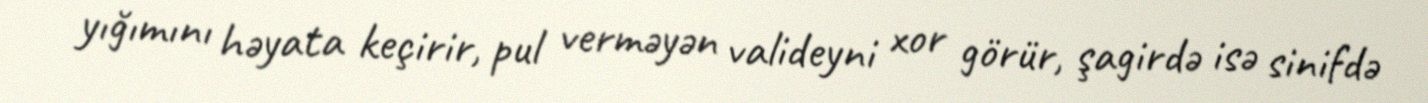
yığımını həyata keçirir, pul verməyən valideyni xor görür, şagirdə isə sinifdə